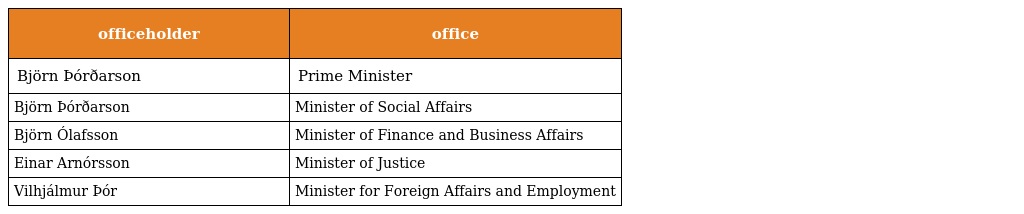
| officeholder | office |
 | --- | --- |
 | Björn Þórðarson | Prime Minister |
 | Björn Þórðarson | Minister of Social Affairs |
 | Björn Ólafsson | Minister of Finance and Business Affairs |
 | Einar Arnórsson | Minister of Justice |
 | Vilhjálmur Þór | Minister for Foreign Affairs and Employment |